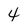
Character: 4